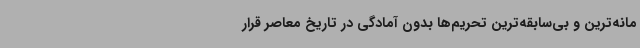
مانه‌ترین و بی‌سابقه‌ترین تحریم‌ها بدون آمادگی در تاریخ معاصر قرار